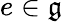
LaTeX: e\in{\mathfrak{g}}